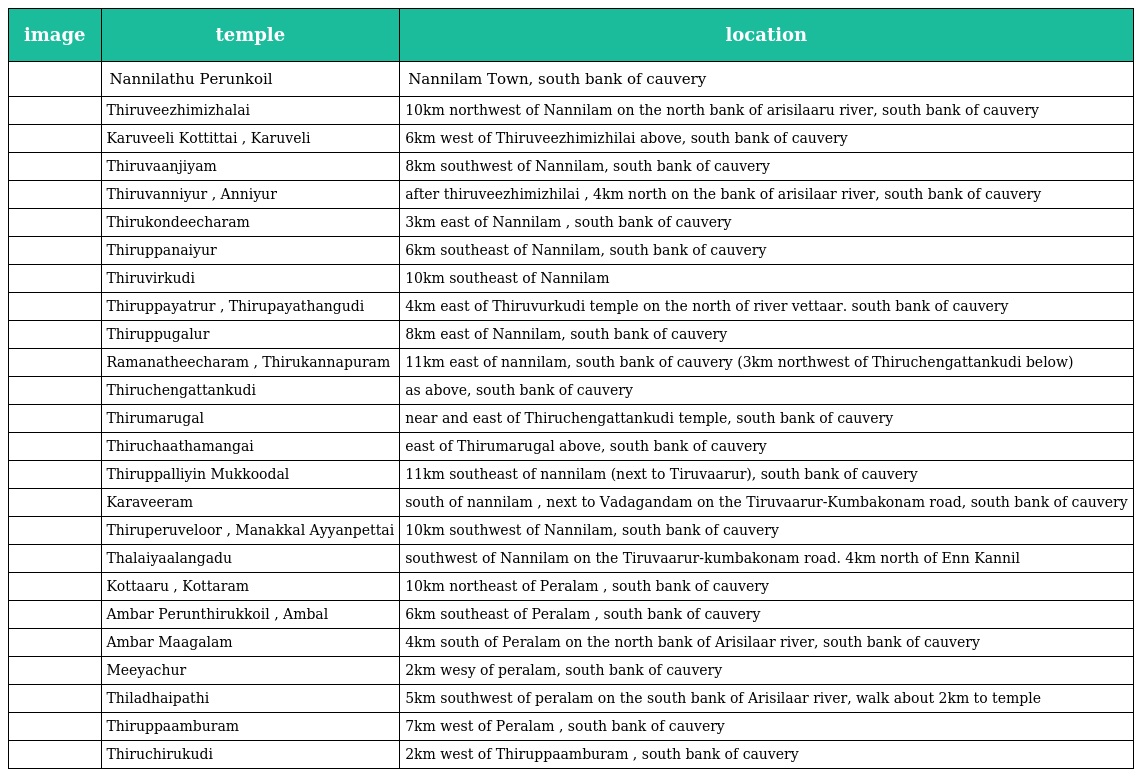
| image | temple | location |
 | --- | --- | --- |
 |  | Nannilathu Perunkoil | Nannilam Town, south bank of cauvery |
 |  | Thiruveezhimizhalai | 10km northwest of Nannilam on the north bank of arisilaaru river, south bank of cauvery |
 |  | Karuveeli Kottittai , Karuveli | 6km west of Thiruveezhimizhilai above, south bank of cauvery |
 |  | Thiruvaanjiyam | 8km southwest of Nannilam, south bank of cauvery |
 |  | Thiruvanniyur , Anniyur | after thiruveezhimizhilai , 4km north on the bank of arisilaar river, south bank of cauvery |
 |  | Thirukondeecharam | 3km east of Nannilam , south bank of cauvery |
 |  | Thiruppanaiyur | 6km southeast of Nannilam, south bank of cauvery |
 |  | Thiruvirkudi | 10km southeast of Nannilam |
 |  | Thiruppayatrur , Thirupayathangudi | 4km east of Thiruvurkudi temple on the north of river vettaar. south bank of cauvery |
 |  | Thiruppugalur | 8km east of Nannilam, south bank of cauvery |
 |  | Ramanatheecharam , Thirukannapuram | 11km east of nannilam, south bank of cauvery (3km northwest of Thiruchengattankudi below) |
 |  | Thiruchengattankudi | as above, south bank of cauvery |
 |  | Thirumarugal | near and east of Thiruchengattankudi temple, south bank of cauvery |
 |  | Thiruchaathamangai | east of Thirumarugal above, south bank of cauvery |
 |  | Thiruppalliyin Mukkoodal | 11km southeast of nannilam (next to Tiruvaarur), south bank of cauvery |
 |  | Karaveeram | south of nannilam , next to Vadagandam on the Tiruvaarur-Kumbakonam road, south bank of cauvery |
 |  | Thiruperuveloor , Manakkal Ayyanpettai | 10km southwest of Nannilam, south bank of cauvery |
 |  | Thalaiyaalangadu | southwest of Nannilam on the Tiruvaarur-kumbakonam road. 4km north of Enn Kannil |
 |  | Kottaaru , Kottaram | 10km northeast of Peralam , south bank of cauvery |
 |  | Ambar Perunthirukkoil , Ambal | 6km southeast of Peralam , south bank of cauvery |
 |  | Ambar Maagalam | 4km south of Peralam on the north bank of Arisilaar river, south bank of cauvery |
 |  | Meeyachur | 2km wesy of peralam, south bank of cauvery |
 |  | Thiladhaipathi | 5km southwest of peralam on the south bank of Arisilaar river, walk about 2km to temple |
 |  | Thiruppaamburam | 7km west of Peralam , south bank of cauvery |
 |  | Thiruchirukudi | 2km west of Thiruppaamburam , south bank of cauvery |